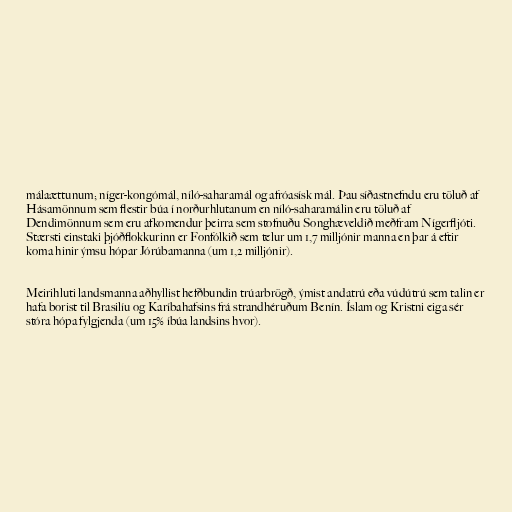
málaættunum; níger-kongómál, níló-saharamál og afróasísk mál. Þau síðastnefndu eru töluð af
Hásamönnum sem flestir búa í norðurhlutanum en níló-saharamálin eru töluð af
Dendimönnum sem eru afkomendur þeirra sem stofnuðu Songhæveldið meðfram Nígerfljóti.
Stærsti einstaki þjóðflokkurinn er Fonfólkið sem telur um 1,7 milljónir manna en þar á eftir
koma hinir ýmsu hópar Jórúbamanna (um 1,2 milljónir).

Meirihluti landsmanna aðhyllist hefðbundin trúarbrögð, ýmist andatrú eða vúdútrú sem talin er
hafa borist til Brasilíu og Karíbahafsins frá strandhéruðum Benín. Íslam og Kristni eiga sér
stóra hópa fylgjenda (um 15% íbúa landsins hvor).